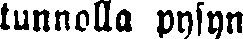
tunnolla pysyn